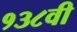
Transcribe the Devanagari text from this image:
१३८वी